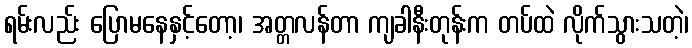
ရမ်းလည်း ပြောမနေနှင့်တော့၊ အတ္တလန်တာ ကျခါနီးတုန်းက တပ်ထဲ လိုက်သွားသတဲ့၊